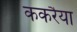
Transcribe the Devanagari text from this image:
ककरैया